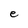
Character: e